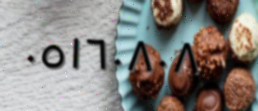
٠٥١٦٠٨٠٨